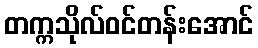
တက္ကသိုလ်ဝင်တန်းအောင်